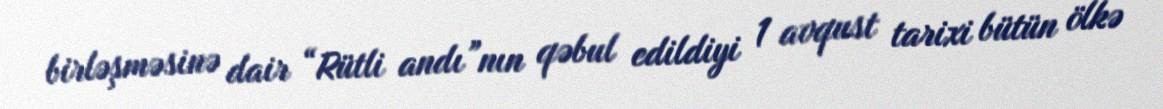
birləşməsinə dair “Rütli andı”nın qəbul edildiyi 1 avqust tarixi bütün ölkə